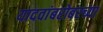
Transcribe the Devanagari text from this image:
यादवांबरोबरच्या